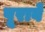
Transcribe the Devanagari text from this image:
पूरावे